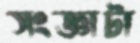
সংজ্ঞাটা